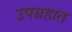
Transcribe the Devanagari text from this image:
उपग्रहात